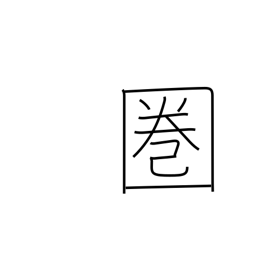
Meaning: range